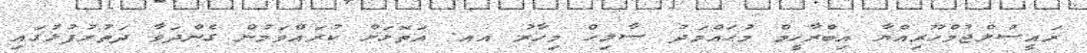
ރައީސުލްޖުމްހޫރިއްޔާ އިބްރާހީމް މުޙައްމަދު ޞާލިޙް މިހާރު އއ. އަތޮޅަށް ކުރައްވަމުން ގެންދަވާ ދަތުރުފުޅުގައި